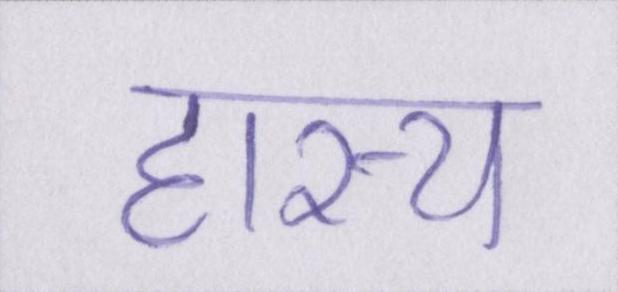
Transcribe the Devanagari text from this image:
हास्य